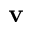
\textbf { v }